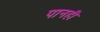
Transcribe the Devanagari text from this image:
पानही